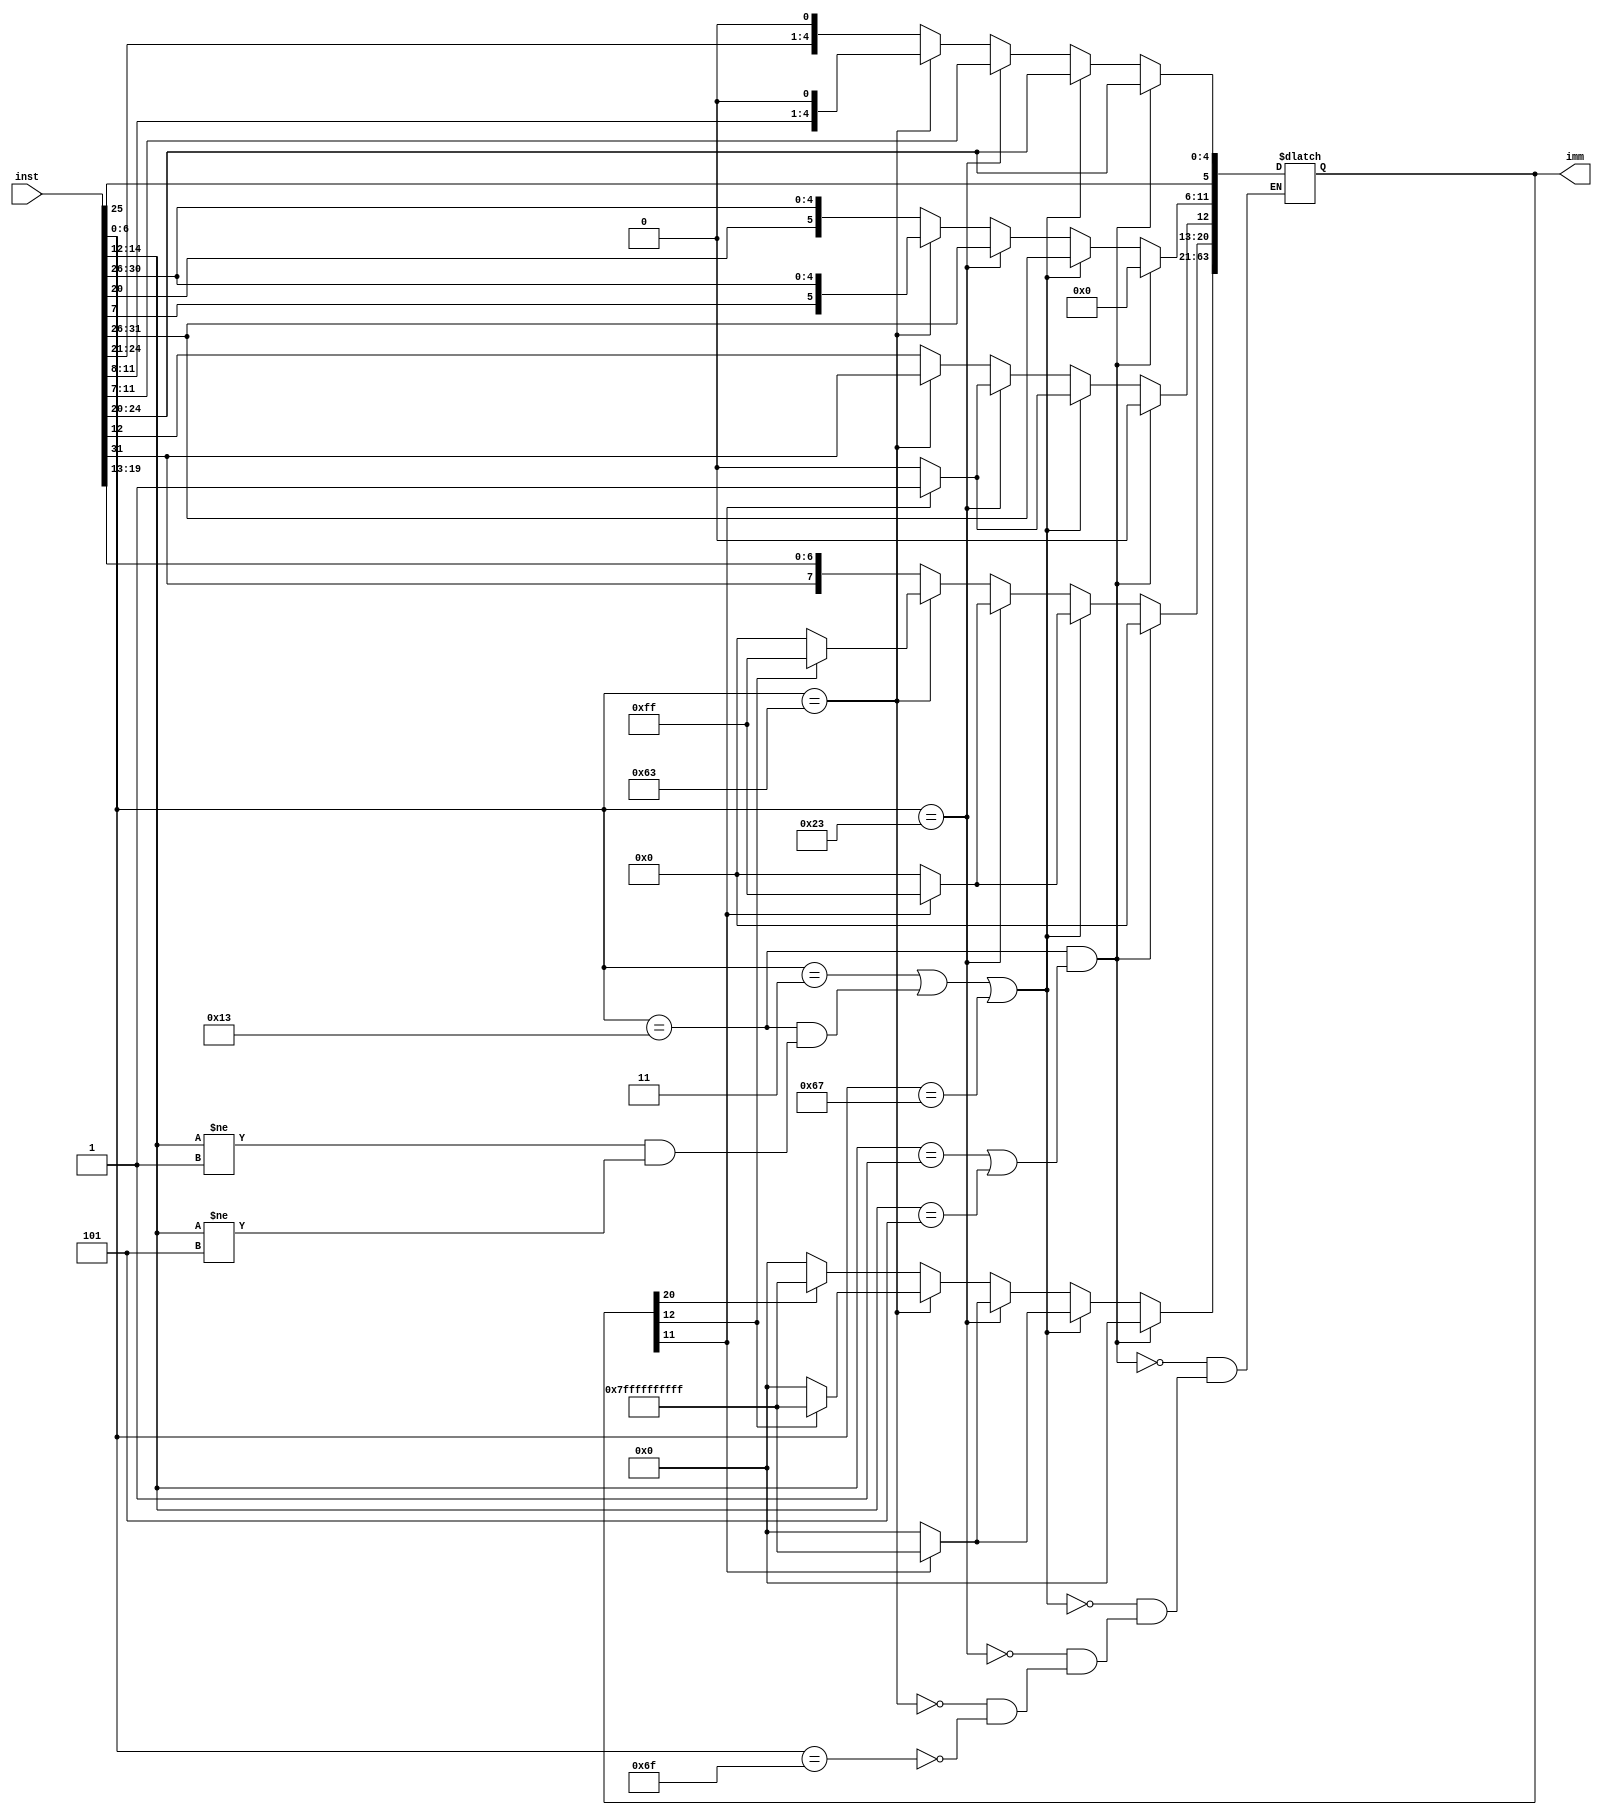
module immGen(inst, imm);
input [31:0] inst;
output reg [63:0] imm;
wire [6:0] opcode, funct7;
wire [2:0] funct3;
assign opcode = inst[6:0];
assign funct7 = inst[31:25];
assign funct3 = inst[14:12];
always @(*)
begin
    if((opcode == 7'b0000011) || (opcode == 7'b0010011 &&(funct3 != 3'b001 && funct3 != 3'b101)) || opcode == 7'b1100111)
    begin
        imm[11:0] <= inst[31:20];
        if(imm[11] == 1'b1)
            imm[63:12] <= {52{1'b1}};
        else imm[63:12] <= {52{1'b0}};
    end
    else if(opcode == 7'b0100011)
    begin
        imm[11:0] <= {funct7, inst[11:7]};
        if(imm[11] == 1'b1)
            imm[63:12] <= {52{1'b1}};
        else imm[63:12] <= {52{1'b0}};
    end
    else if(opcode == 7'b1100011)
    begin
        imm[12:0] <= {inst[31], inst[7], inst[30:25], inst[11:8], 1'b0};
        if(imm[12] == 1'b1)
            imm[63:13] <= {51{1'b1}};
        else imm[63:13] <= {51{1'b0}};
    end
    else if(opcode == 7'b1101111)
    begin
        imm[20:0] <= {inst[31], inst[19:12], inst[20], inst[30:21], 1'b0};
        if(imm[20] == 1'b1)
            imm[63:21] <= {43{1'b1}};
        else imm[63:21] <= {43{1'b0}};
    end
    if(opcode == 7'b0010011 && (funct3 == 3'b001 || funct3 == 3'b101))
    begin
        imm[5:0] <= inst[25:20];
        imm[63:6] <= {58{1'b0}};
    end
end
endmodule